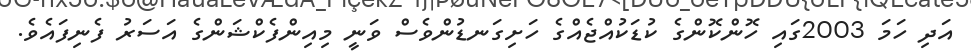
އަދި ހަމަ 2003ގައި ހޮންކޮންގެ ކުޑަކުއްޖެއްގެ ހަށިގަނޑުންވެސް ވަނީ މިއިންފެކްޝަންގެ އަސަރު ފެނިފައެވެ.